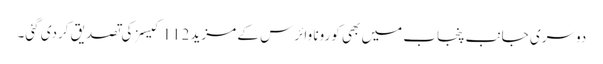
دوسری جانب پنجاب میں بھی کورونا وائرس کے مزید 112 کیسز کی تصدیق کردی گئی۔